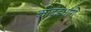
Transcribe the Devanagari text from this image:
कोदंडधारी